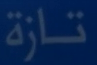
تازة